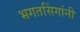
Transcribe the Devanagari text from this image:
भगतसिंगांनी